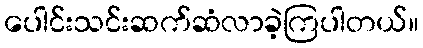
ပေါင်းသင်းဆက်ဆံလာခဲ့ကြပါတယ်။